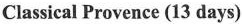
Classical Provence (13 days)